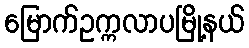
မြောက်ဥက္ကလာပမြို့နယ်